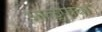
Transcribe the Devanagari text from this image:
आळूपात्रा